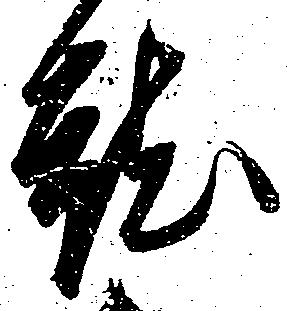
就